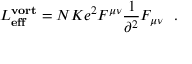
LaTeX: { \cal L } _ { \bf e f f } ^ { \bf v o r t } = N K e ^ { 2 } F ^ { \mu \nu } \frac { 1 } { \partial ^ { 2 } } F _ { \mu \nu } \, \, \, \, .